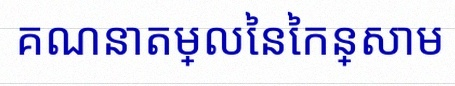
គណនាតម្លៃនៃកន្សោម